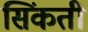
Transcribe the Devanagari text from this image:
सिंकती